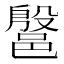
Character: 𰻷